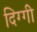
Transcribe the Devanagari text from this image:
दिग्गी